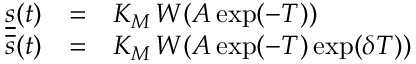
\begin{array} { r c l } { \underline { { s } } ( t ) } & { = } & { K _ { M } \, W ( A \exp ( - T ) ) } \\ { \overline { { s } } ( t ) } & { = } & { K _ { M } \, W ( A \exp ( - T ) \exp ( \delta T ) ) } \end{array}